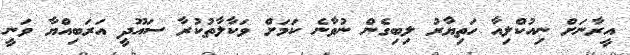
އީރާނަށް ނިއުކްލިއާ ހަތިޔާރު ލިބިގެން ނުވާނެ ކަމަށް ވަކާލާތުކުރާ ސައޫދީ އަރަބިއްޔާ ވަނީ